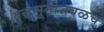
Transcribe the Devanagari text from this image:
युद्धभूमीजवळच